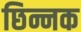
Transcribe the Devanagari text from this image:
छिन्नक